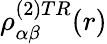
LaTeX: \rho_{\alpha\beta}^{(2)TR}(r)